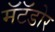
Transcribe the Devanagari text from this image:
मॅटॅडोर